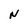
Character: N